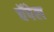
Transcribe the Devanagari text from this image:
चॅपेल